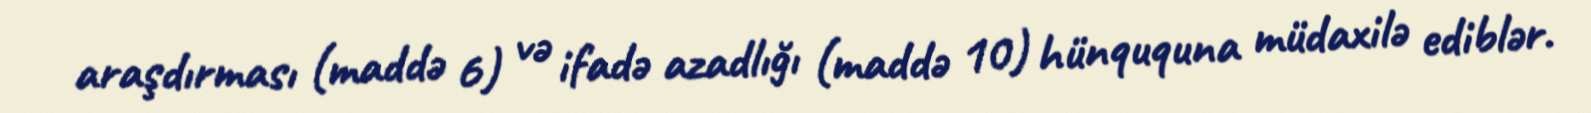
araşdırması (maddə 6) və ifadə azadlığı (maddə 10) hünququna müdaxilə ediblər.